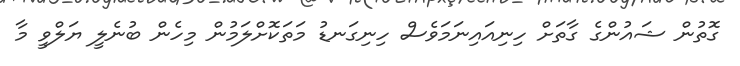
ގޮތުން ޝައުންގެ ގާތަށް ހިނިއައިނަމަވެސް ހިނިގަނޑު މަތަކޮށްލަމުން މިހެން ބުނެލީ ޔަލްވީ މާ